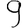
Digit: 9